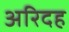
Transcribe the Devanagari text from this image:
अरिदह